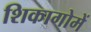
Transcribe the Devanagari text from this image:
शिकागोमें